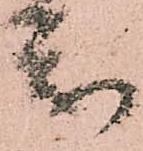
参